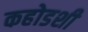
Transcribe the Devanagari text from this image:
कहोडशी